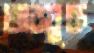
তারযুক্ত